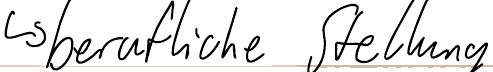
-> berufliche Stellung